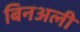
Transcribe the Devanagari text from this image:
बिनअली